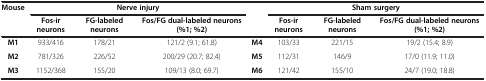
<table><thead><tr><td rowspan="2"><b>Mouse</b></td><td colspan="3"><b>Nerve injury</b></td><td><b> </b></td><td colspan="3"><b>Sham surgery</b></td></tr><tr><td><b>Fos-ir neurons</b></td><td><b>FG-labeled neurons</b></td><td><b>Fos/FG dual-labeled neurons (%1; %2)</b></td><td><b> </b></td><td><b>Fos-ir neurons</b></td><td><b>FG-labeled neurons</b></td><td><b>Fos/FG dual-labeled neurons (%1; %2)</b></td></tr></thead><tbody><tr><td><b>M1</b></td><td>933/416</td><td>178/21</td><td>121/2 (9.1; 61.8)</td><td><b>M4</b></td><td>103/33</td><td>221/15</td><td>19/2 (15.4; 8.9)</td></tr><tr><td><b>M2</b></td><td>781/326</td><td>226/52</td><td>200/29 (20.7; 82.4)</td><td><b>M5</b></td><td>112/31</td><td>146/9</td><td>17/0 (11.9; 11.0)</td></tr><tr><td><b>M3</b></td><td>1152/368</td><td>155/20</td><td>109/13 (8.0; 69.7)</td><td><b>M6</b></td><td>121/42</td><td>155/10</td><td>24/7 (19.0; 18.8)</td></tr></tbody></table>